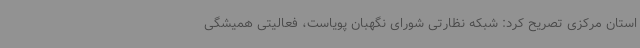
استان مرکزی تصریح کرد: شبکه نظارتی شورای نگهبان پویاست، فعالیتی همیشگی